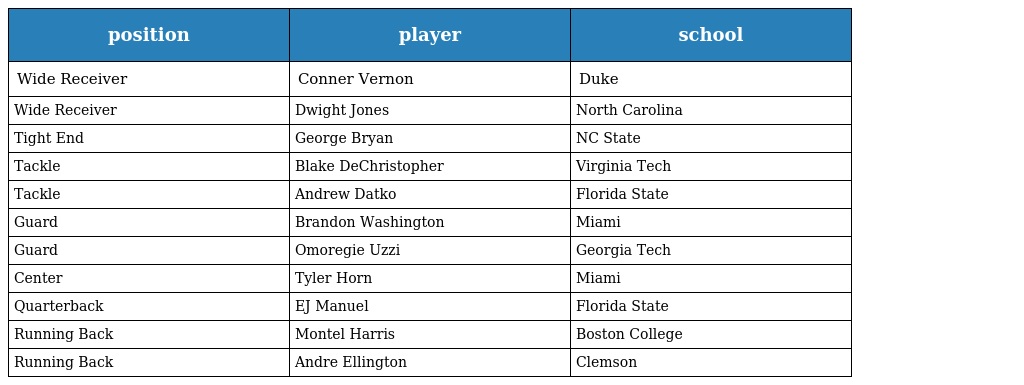
| position | player | school |
 | --- | --- | --- |
 | Wide Receiver | Conner Vernon | Duke |
 | Wide Receiver | Dwight Jones | North Carolina |
 | Tight End | George Bryan | NC State |
 | Tackle | Blake DeChristopher | Virginia Tech |
 | Tackle | Andrew Datko | Florida State |
 | Guard | Brandon Washington | Miami |
 | Guard | Omoregie Uzzi | Georgia Tech |
 | Center | Tyler Horn | Miami |
 | Quarterback | EJ Manuel | Florida State |
 | Running Back | Montel Harris | Boston College |
 | Running Back | Andre Ellington | Clemson |